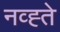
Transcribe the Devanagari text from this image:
नव्ह्ते